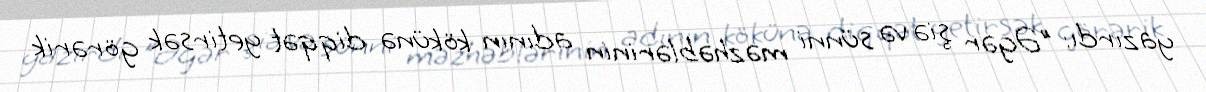
yazırdı: "Əgər şiə və sünni məzhəblərinin adının kökünə diqqət yetirsək görərik